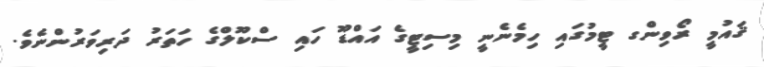
ޤައުމީ ރޯވިންގ ޓީމުގައި ހިމެނެނީ މިސިޓީގެ އައްޑޫ ހައި ސްކޫލްގެ ހަތަރު ދަރިވަރުންނެވެ.